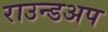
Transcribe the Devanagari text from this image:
राउन्डअप